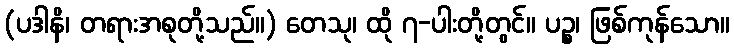
(ပဒါနိ၊ တရားအစုတို့သည်။) တေသု၊ ထို ၇-ပါးတို့တွင်။ ပဉ္စ၊ ဖြစ်ကုန်သော။